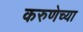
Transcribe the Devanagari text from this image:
करुणेच्या